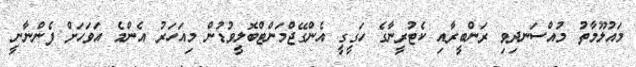
މައުލޫމާތު މުއްސަނދިވި ރަންބީރާއި ކެޓުރީނާގެ ހަގީގީ އެންގޭޖްމަންޓްބޮލީވުޑުން މިއަހަރު އެންމެ އަވަހަށް ފެންނާނީ